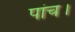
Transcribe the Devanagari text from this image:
पांच।